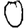
Digit: 0